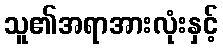
သူ၏အရာအားလုံးနှင့်